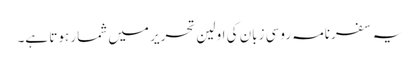
یہ سفرنامہ روسی زبان کی اولین تحریر میں شمار ہوتا ہے۔